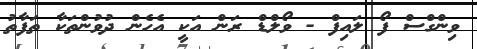
ވިންގްސް ފޯ ލައިފް - ވޯލްޑް ރަން އަކީ އެހެން ދުވުންތަކާ ތަފާތު